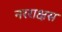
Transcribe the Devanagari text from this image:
नरराक्षस